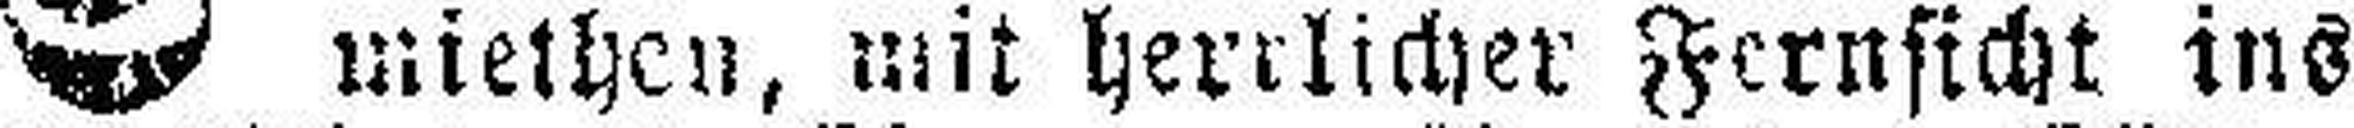
miethen, mit herrlicher Fernsicht ins